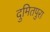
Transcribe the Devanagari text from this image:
दुमितपुरा